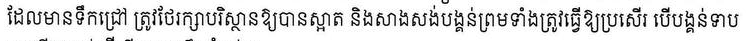
ដែលមានទឹកជ្រៅ ត្រូវថែរក្សាបរិស្ថានឱ្យបានស្អាត និងសាងសង់បង្គន់ព្រមទាំងត្រូវធ្វើឱ្យប្រសើរ បើបង្គន់ទាប